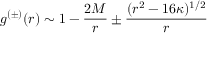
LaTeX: g ^ { ( \pm ) } ( r ) \sim 1 - { \frac { 2 M } { r } } \pm { \frac { ( r ^ { 2 } - 1 6 \kappa ) ^ { 1 / 2 } } { r } }